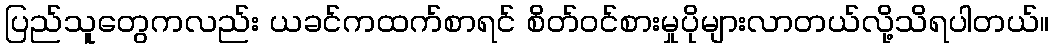
ပြည်သူတွေကလည်း ယခင်ကထက်စာရင် စိတ်ဝင်စားမှုပိုများလာတယ်လို့သိရပါတယ်။